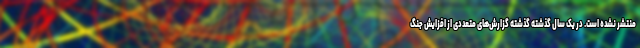
منتشر نشده است. در یک سال گذشته گذشته گزارش‌های متعددی از افزایش جنگ